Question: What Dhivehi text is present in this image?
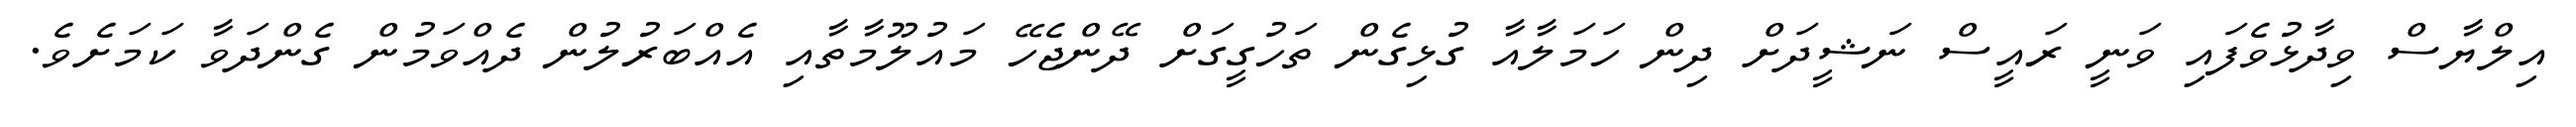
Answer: އިލްޔާސް ވިދާޅުވެފައި ވަނީ ރައީސް ނަޝީދަށް ދިން ހަމަލާއާ ގުޅިގެން ތަހުގީގަށް ދޭންޖެހޭ މައުލޫމާތާއި އެއްބަރުލުން ދެއްވަމުން ގެންދަވާ ކަމަށެވެ.